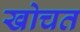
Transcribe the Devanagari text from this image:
खोचत